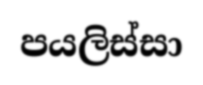
පයලිස්සා